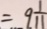
= 9 \frac { 1 } { 1 1 }